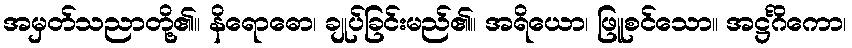
အမှတ်သညာတို့၏။ နိရောဓော၊ ချုပ်ခြင်းမည်၏။ အရိယော၊ ဖြူစင်သော။ အဋ္ဌင်္ဂိကော၊